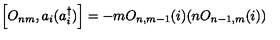
\left[ O _ { n m } , a _ { i } ( a _ { i } ^ { \dagger } ) \right] = - m O _ { n , m - 1 } ( i ) ( n O _ { n - 1 , m } ( i ) )